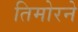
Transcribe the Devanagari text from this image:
तिमोरने